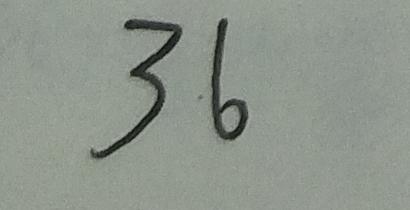
3 6